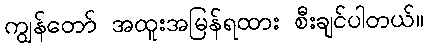
ကျွန်တော် အထူးအမြန်ရထား စီးချင်ပါတယ်။